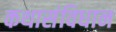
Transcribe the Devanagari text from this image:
कथासंविधान